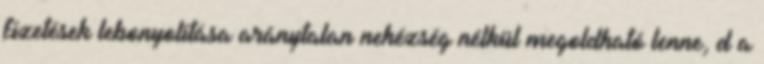
fizetések lebonyolítása aránytalan nehézség nélkül megoldható lenne, d a